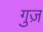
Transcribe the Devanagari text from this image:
गुज़